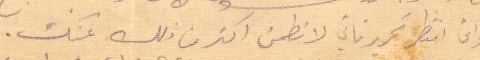
واني نتظر تحرير ثاني لاتطمن اكتر من ذلك عند.